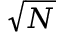
\sqrt { N }